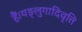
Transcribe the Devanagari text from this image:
हैं।यङ्लुगादिवृत्ति